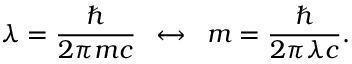
\lambda = \frac { \hbar } { 2 \pi m c } \enspace \leftrightarrow \enspace m = \frac { \hbar } { 2 \pi \lambda c } .